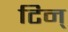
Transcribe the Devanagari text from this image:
टिन्